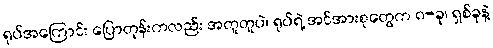
ရုပ်အကြောင်း ပြောတုန်းကလည်း အတူတူပဲ၊ ရုပ်ရဲ့ အင်အားစုတွေက ၈-ခု၊ ရှစ်ခုနဲ့